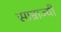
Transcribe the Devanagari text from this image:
साम्राज्यी